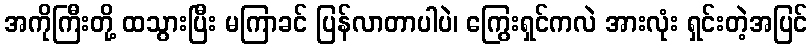
အကိုကြီးတို့ ထသွားပြီး မကြာခင် ပြန်လာတာပါပဲ၊ ကြွေးရှင်ကလဲ အားလုံး ရှင်းတဲ့အပြင်